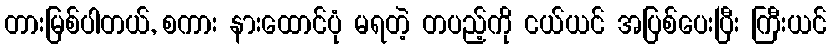
တားမြစ်ပါတယ်, စကား နားထောင်ပုံ မရတဲ့ တပည့်ကို ငယ်ယင် အပြစ်ပေးပြီး ကြီးယင်